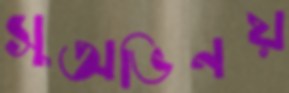
সুঅভিনয়